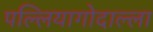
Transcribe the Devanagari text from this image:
पल्लियागोदाल्ला